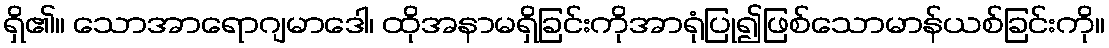
ရှိ၏။ သောအာရောဂျမာဒေါ၊ ထိုအနာမရှိခြင်းကိုအာရုံပြု၍ဖြစ်သောမာန်ယစ်ခြင်းကို။